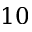
1 0